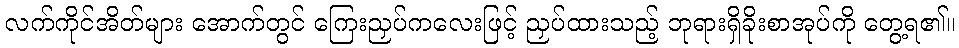
လက်ကိုင်အိတ်များ အောက်တွင် ကြေးညှပ်ကလေးဖြင့် ညှပ်ထားသည့် ဘုရားရှိခိုးစာအုပ်ကို တွေ့ရ၏။